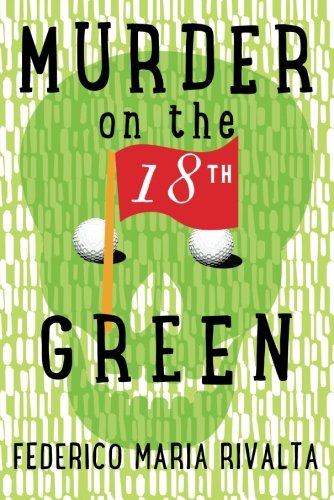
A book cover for Murder on the 18th Green; Federico Maria Rivalta; Mystery, Thriller & Suspense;